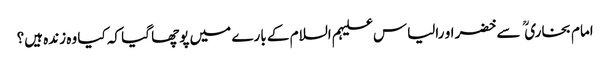
امام بخاری  سے خضر او رالیاس علیہم السلام کے بارے میں پوچھا گیا کہ کیا وہ زندہ ہیں؟